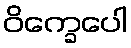
ဝိက္ခေပေါ